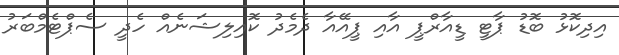
އިދިކޮޅު ބޮޑު ޕާޓީ ޑީއާރްޕީ އާއި ޕީއޭއާ ދެމެދު ކޮއިލިޝަނެއް ހެދީ ސެޕްޓެމްބަރު